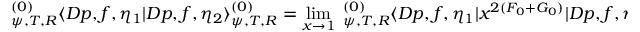
^ { ( 0 ) } _ { \psi , T , R } \langle D p , f , \eta _ { 1 } | D p , f , \eta _ { 2 } \rangle _ { \psi , T , R } ^ { ( 0 ) } = \operatorname * { l i m } _ { x \to 1 } \; _ { \psi , T , R } ^ { ( 0 ) } \langle D p , f , \eta _ { 1 } | x ^ { 2 ( F _ { 0 } + G _ { 0 } ) } | D p , f , \eta _ { 2 } \rangle _ { \psi , T , R } ^ { ( 0 ) }